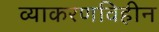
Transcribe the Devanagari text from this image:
व्याकरणविहीन